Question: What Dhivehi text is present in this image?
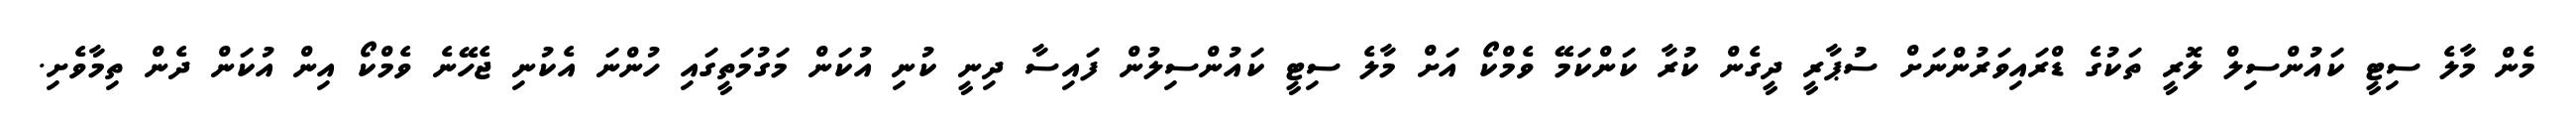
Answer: މެން މާލެ ސިޓީ ކައުންސިލް ލޮރީ ތަކުގެ ޑްރައިވަރުންނަށް ސުޕާރީ ދީގެން ކުރާ ކަންކަމޭ ވެމްކޯ އަށް މާލެ ސިޓީ ކައުންސިލުން ފައިސާ ދިނީ ކުނި އުކަން މަގުމަތީގައި ހުންނަ އެކުނި ޖެހޭނެ ވެމްކޯ އިން އުކަން ދެން ތިމާވެށި.